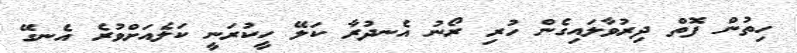
ހިތުން ފޮތް ދިރުވާލައިގެން ހުރި ރޯނު އެނދުރާ ކަލޭ ހީކުރަނީ ކަލެއަށްވުރެ އެނގޭ